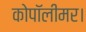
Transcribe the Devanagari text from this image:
कोपॉलीमर।